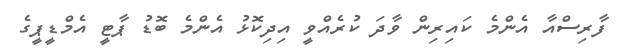
ފާރިސްއާ އެންމެ ކައިރިން ވާދަ ކުރެއްވީ އިދިކޮޅު އެންމެ ބޮޑު ޕާޓީ އެމްޑީޕީގެ